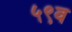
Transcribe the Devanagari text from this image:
५९व